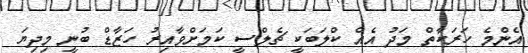
އެންމެ ހަރަކާތް މަދު އެއް ކްލަބަކީ ޗެލްސީ ކަމަށްވާއިރު ހަޒާޑް ބުނީ މިދިޔަ